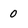
Character: 0